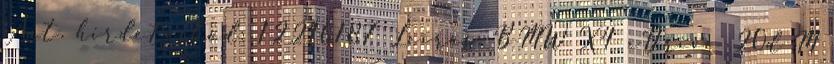
Aut. hirdetéskód: 12216187 Leírás: BMW X4 xDrive 20d M